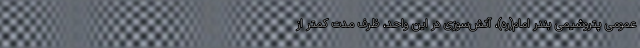
عمومی پتروشیمی بندر امام(ره)، آتش‌سوزی در این واحد، ظرف مدت کمتر از